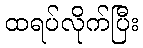
ထရပ်လိုက်ပြီး